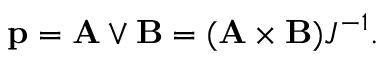
\mathbf { p } = \mathbf { A } \lor \mathbf { B } = ( \mathbf { A } \times \mathbf { B } ) J ^ { - 1 } .